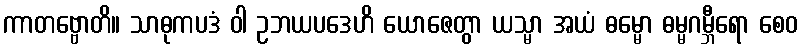
ကာတဗ္ဗောတိ။ သာဓုကပဒံ ဝါ ဥဘယပဒေဟိ ယောဇေတွာ ယသ္မာ အယံ ဓမ္မော ဓမ္မဂမ္ဘီရော စေဝ